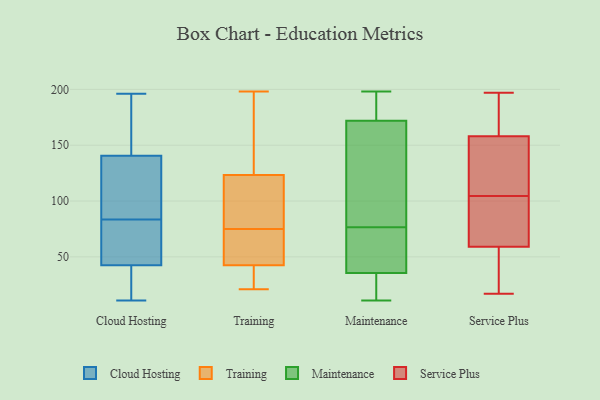
{"axis": {"x": "Gross Profit (USD K)", "y": "Value"}, "legend": ["Cloud Hosting", "Maintenance", "Service Plus", "Training"], "data": [{"x": "", "y": 52, "type": "Cloud Hosting"}, {"x": "", "y": 46, "type": "Cloud Hosting"}, {"x": "", "y": 79, "type": "Cloud Hosting"}, {"x": "", "y": 155, "type": "Cloud Hosting"}, {"x": "", "y": 63, "type": "Cloud Hosting"}, {"x": "", "y": 140, "type": "Cloud Hosting"}, {"x": "", "y": 34, "type": "Cloud Hosting"}, {"x": "", "y": 196, "type": "Cloud Hosting"}, {"x": "", "y": 113, "type": "Cloud Hosting"}, {"x": "", "y": 39, "type": "Cloud Hosting"}, {"x": "", "y": 88, "type": "Cloud Hosting"}, {"x": "", "y": 141, "type": "Cloud Hosting"}, {"x": "", "y": 18, "type": "Cloud Hosting"}, {"x": "", "y": 175, "type": "Cloud Hosting"}, {"x": "", "y": 11, "type": "Cloud Hosting"}, {"x": "", "y": 90, "type": "Cloud Hosting"}, {"x": "", "y": 193, "type": "Training"}, {"x": "", "y": 35, "type": "Training"}, {"x": "", "y": 44, "type": "Training"}, {"x": "", "y": 44, "type": "Training"}, {"x": "", "y": 21, "type": "Training"}, {"x": "", "y": 78, "type": "Training"}, {"x": "", "y": 45, "type": "Training"}, {"x": "", "y": 77, "type": "Training"}, {"x": "", "y": 198, "type": "Training"}, {"x": "", "y": 147, "type": "Training"}, {"x": "", "y": 42, "type": "Training"}, {"x": "", "y": 40, "type": "Training"}, {"x": "", "y": 32, "type": "Training"}, {"x": "", "y": 77, "type": "Training"}, {"x": "", "y": 75, "type": "Training"}, {"x": "", "y": 82, "type": "Training"}, {"x": "", "y": 143, "type": "Training"}, {"x": "", "y": 61, "type": "Training"}, {"x": "", "y": 137, "type": "Training"}, {"x": "", "y": 193, "type": "Maintenance"}, {"x": "", "y": 55, "type": "Maintenance"}, {"x": "", "y": 122, "type": "Maintenance"}, {"x": "", "y": 170, "type": "Maintenance"}, {"x": "", "y": 103, "type": "Maintenance"}, {"x": "", "y": 68, "type": "Maintenance"}, {"x": "", "y": 175, "type": "Maintenance"}, {"x": "", "y": 42, "type": "Maintenance"}, {"x": "", "y": 20, "type": "Maintenance"}, {"x": "", "y": 27, "type": "Maintenance"}, {"x": "", "y": 85, "type": "Maintenance"}, {"x": "", "y": 41, "type": "Maintenance"}, {"x": "", "y": 45, "type": "Maintenance"}, {"x": "", "y": 22, "type": "Maintenance"}, {"x": "", "y": 198, "type": "Maintenance"}, {"x": "", "y": 190, "type": "Maintenance"}, {"x": "", "y": 98, "type": "Maintenance"}, {"x": "", "y": 30, "type": "Maintenance"}, {"x": "", "y": 174, "type": "Maintenance"}, {"x": "", "y": 11, "type": "Maintenance"}, {"x": "", "y": 73, "type": "Service Plus"}, {"x": "", "y": 151, "type": "Service Plus"}, {"x": "", "y": 181, "type": "Service Plus"}, {"x": "", "y": 86, "type": "Service Plus"}, {"x": "", "y": 123, "type": "Service Plus"}, {"x": "", "y": 78, "type": "Service Plus"}, {"x": "", "y": 59, "type": "Service Plus"}, {"x": "", "y": 32, "type": "Service Plus"}, {"x": "", "y": 158, "type": "Service Plus"}, {"x": "", "y": 30, "type": "Service Plus"}, {"x": "", "y": 124, "type": "Service Plus"}, {"x": "", "y": 131, "type": "Service Plus"}, {"x": "", "y": 188, "type": "Service Plus"}, {"x": "", "y": 17, "type": "Service Plus"}, {"x": "", "y": 197, "type": "Service Plus"}, {"x": "", "y": 165, "type": "Service Plus"}, {"x": "", "y": 34, "type": "Service Plus"}, {"x": "", "y": 72, "type": "Service Plus"}]}